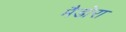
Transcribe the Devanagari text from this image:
मैडोरा